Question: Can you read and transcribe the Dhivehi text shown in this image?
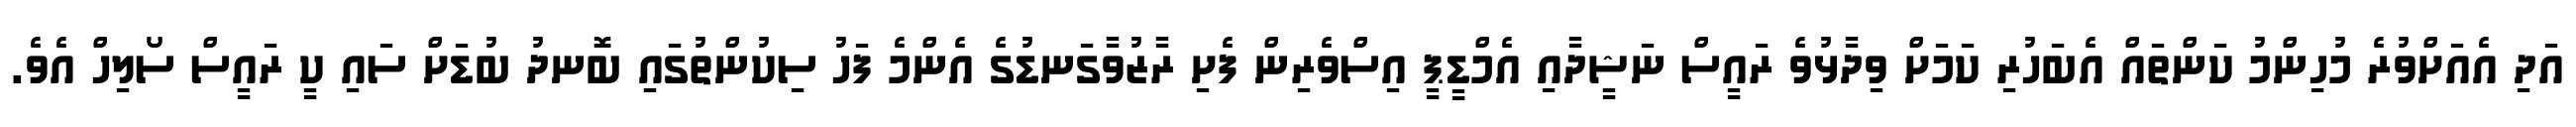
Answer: އަދި އެއަށްވުރެ މުހިންމު ކަންތައް އެބަހުރި ކަމަށް ވިދާޅުވެ ރައީސް ނަޝީދާއި އެމްޑީޕީ އިސްވެރިން ފެށި ރާޒުވާގަނޑުގެ އެންމެ ފަހު ސިކުންތުގައި ބޮނދު ބުޑަށް ސައި ކީ ރައީސް ސޯލިހް އެވެ.